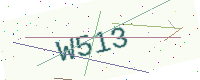
Text: W513